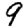
Digit: 9